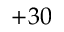
+ 3 0